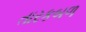
તારકબળ